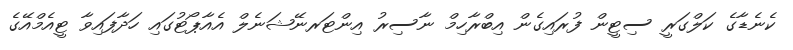
ކެނެޑާގެ ކަލްގަރީ ސިޓީން ފުރައިގެން އިބްރާހިމް ނާސިރު އިންޓަރނޭޝަނެލް އެއާޕޯޓުގައި ހަދާފައިވާ ޓީއެމްއޭގެ